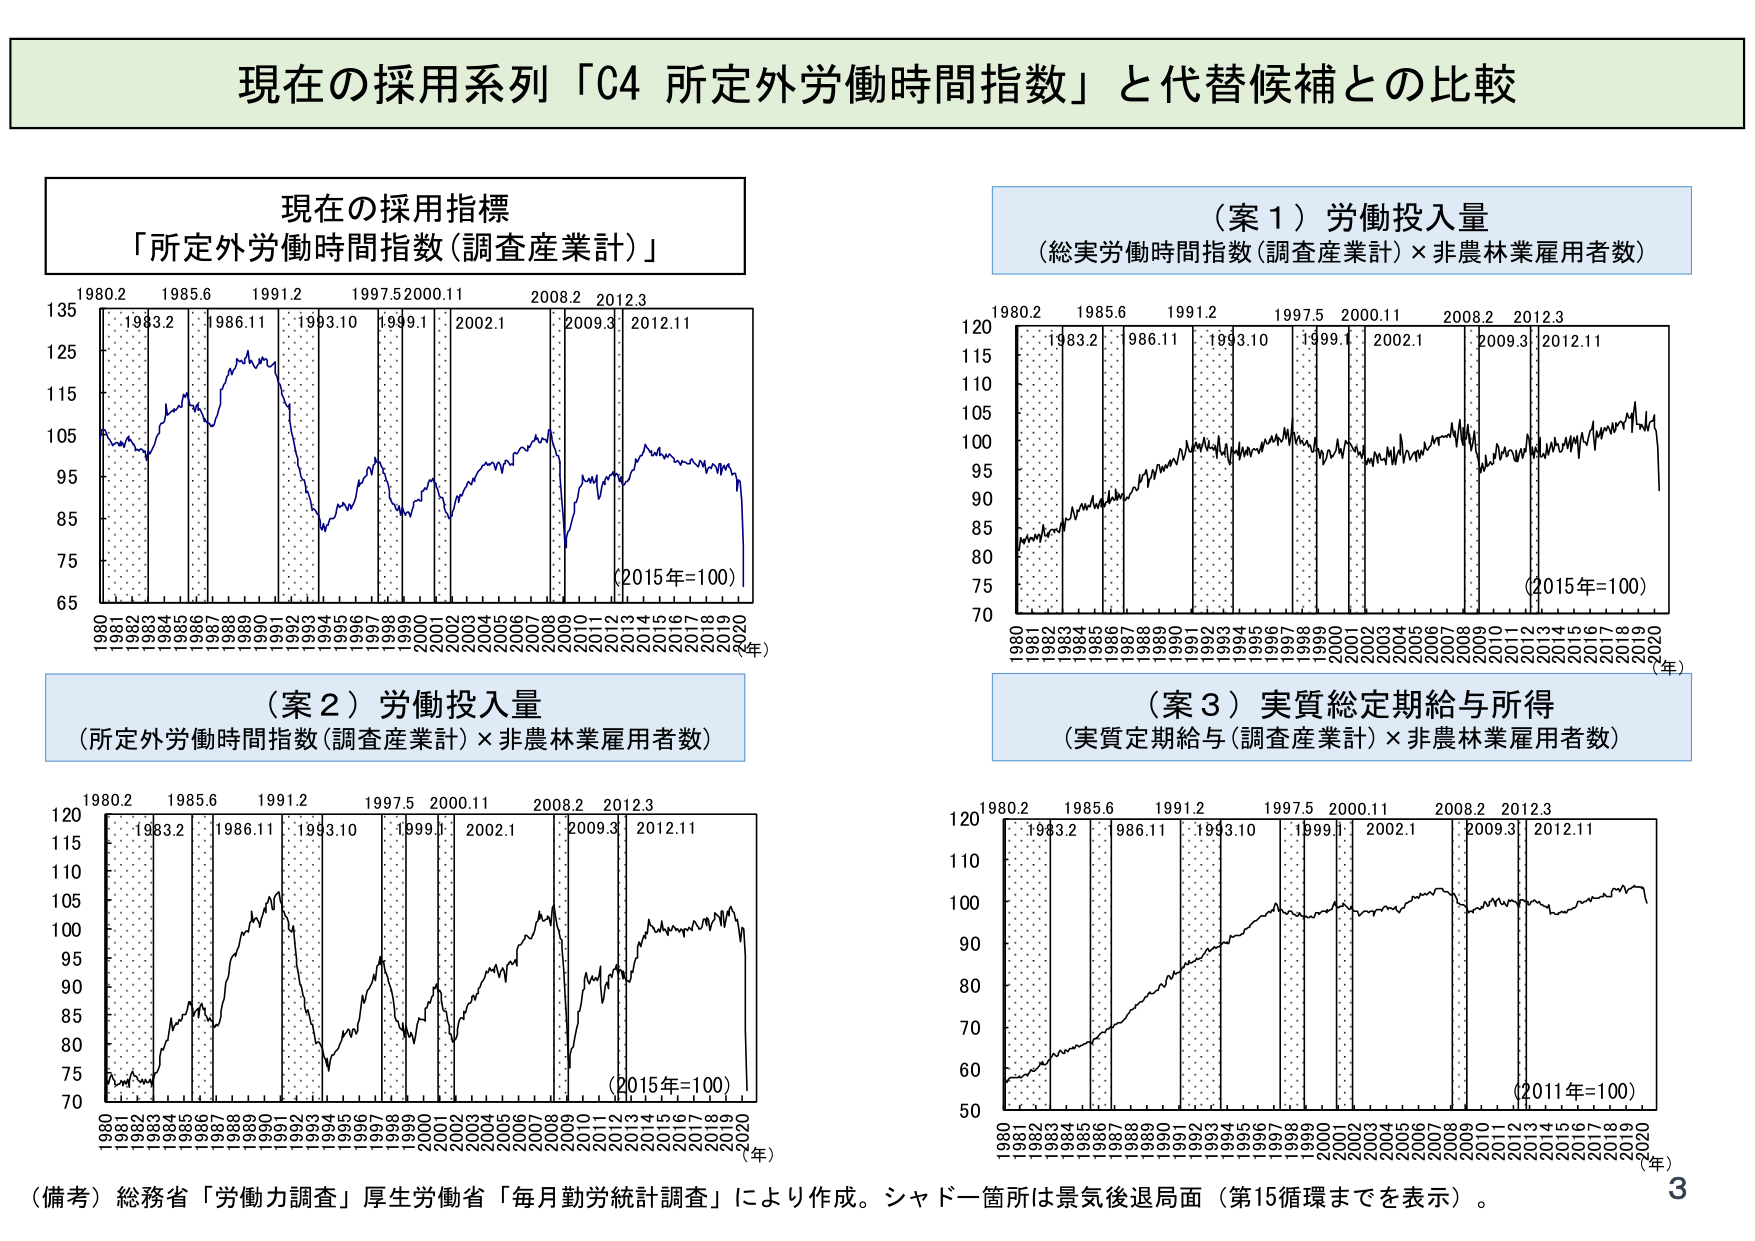
現在の採用系列「C4 所定外労働時間指数」と代替候補との比較

現在の採用指標
「所定外労働時間指数（調査産業計）」

1980.2 1985.6 1991.2 1997.5 2000.11 2008.2 2012.3
135
125
115
105
95
85
75
65
（2015年=100）
1980 1981 1982 1983 1984 1985 1986 1987 1988 1989 1990 1991 1992 1993 1994 1995 1996 1997 1998 1999 2000 2001 2002 2003 2004 2005 2006 2007 2008 2009 2010 2011 2012 2013 2014 2015 2016 2017 2018 2019 2020
（年）

（案１）労働投入量
（総実労働時間指数（調査産業計）×非農林業雇用者数）

1980.2 1985.6 1991.2 1997.5 2000.11 2008.2 2012.3
120
115
110
105
100
95
90
85
80
75
70
（2015年=100）
1980 1981 1982 1983 1984 1985 1986 1987 1988 1989 1990 1991 1992 1993 1994 1995 1996 1997 1998 1999 2000 2001 2002 2003 2004 2005 2006 2007 2008 2009 2010 2011 2012 2013 2014 2015 2016 2017 2018 2019 2020
（年）

（案２）労働投入量
（所定外労働時間指数（調査産業計）×非農林業雇用者数）

1980.2 1985.6 1991.2 1997.5 2000.11 2008.2 2012.3
120
115
110
105
100
95
90
85
80
75
70
（2015年=100）
1980 1981 1982 1983 1984 1985 1986 1987 1988 1989 1990 1991 1992 1993 1994 1995 1996 1997 1998 1999 2000 2001 2002 2003 2004 2005 2006 2007 2008 2009 2010 2011 2012 2013 2014 2015 2016 2017 2018 2019 2020
（年）

（案３）実質総定期給与所得
（実質定期給与（調査産業計）×非農林業雇用者数）

1980.2 1985.6 1991.2 1997.5 2000.11 2008.2 2012.3
120
110
100
90
80
70
60
50
（2011年=100）
1980 1981 1982 1983 1984 1985 1986 1987 1988 1989 1990 1991 1992 1993 1994 1995 1996 1997 1998 1999 2000 2001 2002 2003 2004 2005 2006 2007 2008 2009 2010 2011 2012 2013 2014 2015 2016 2017 2018 2019 2020
（年）

（備考）総務省「労働力調査」厚生労働省「毎月勤労統計調査」により作成。シャドー箇所は景気後退局面（第15循環までを表示）。

3